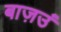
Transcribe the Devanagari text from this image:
बाज़उं